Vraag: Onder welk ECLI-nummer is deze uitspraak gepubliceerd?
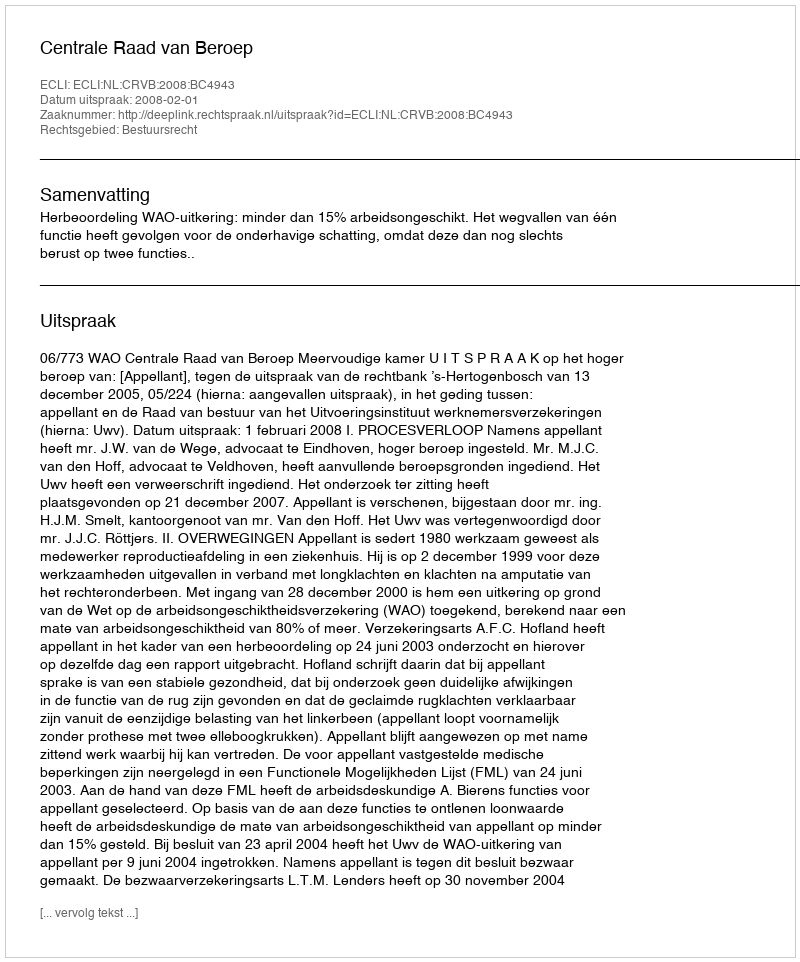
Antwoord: ECLI:NL:CRVB:2008:BC4943